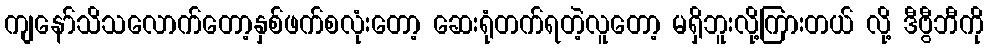
ကျနော်သိသလောက်တော့နှစ်ဖက်စလုံးတော့ ဆေးရုံတက်ရတဲ့လူတော့ မရှိဘူးလို့ကြားတယ် လို့ ဒီဗွီဘီကို